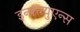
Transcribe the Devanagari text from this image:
इन्फ़्ल्युएन्स